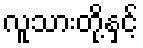
လူသားတို့နှင့်